38_143685_box_Incident_Summaries_173-233
Agency: Department of War
Page 70
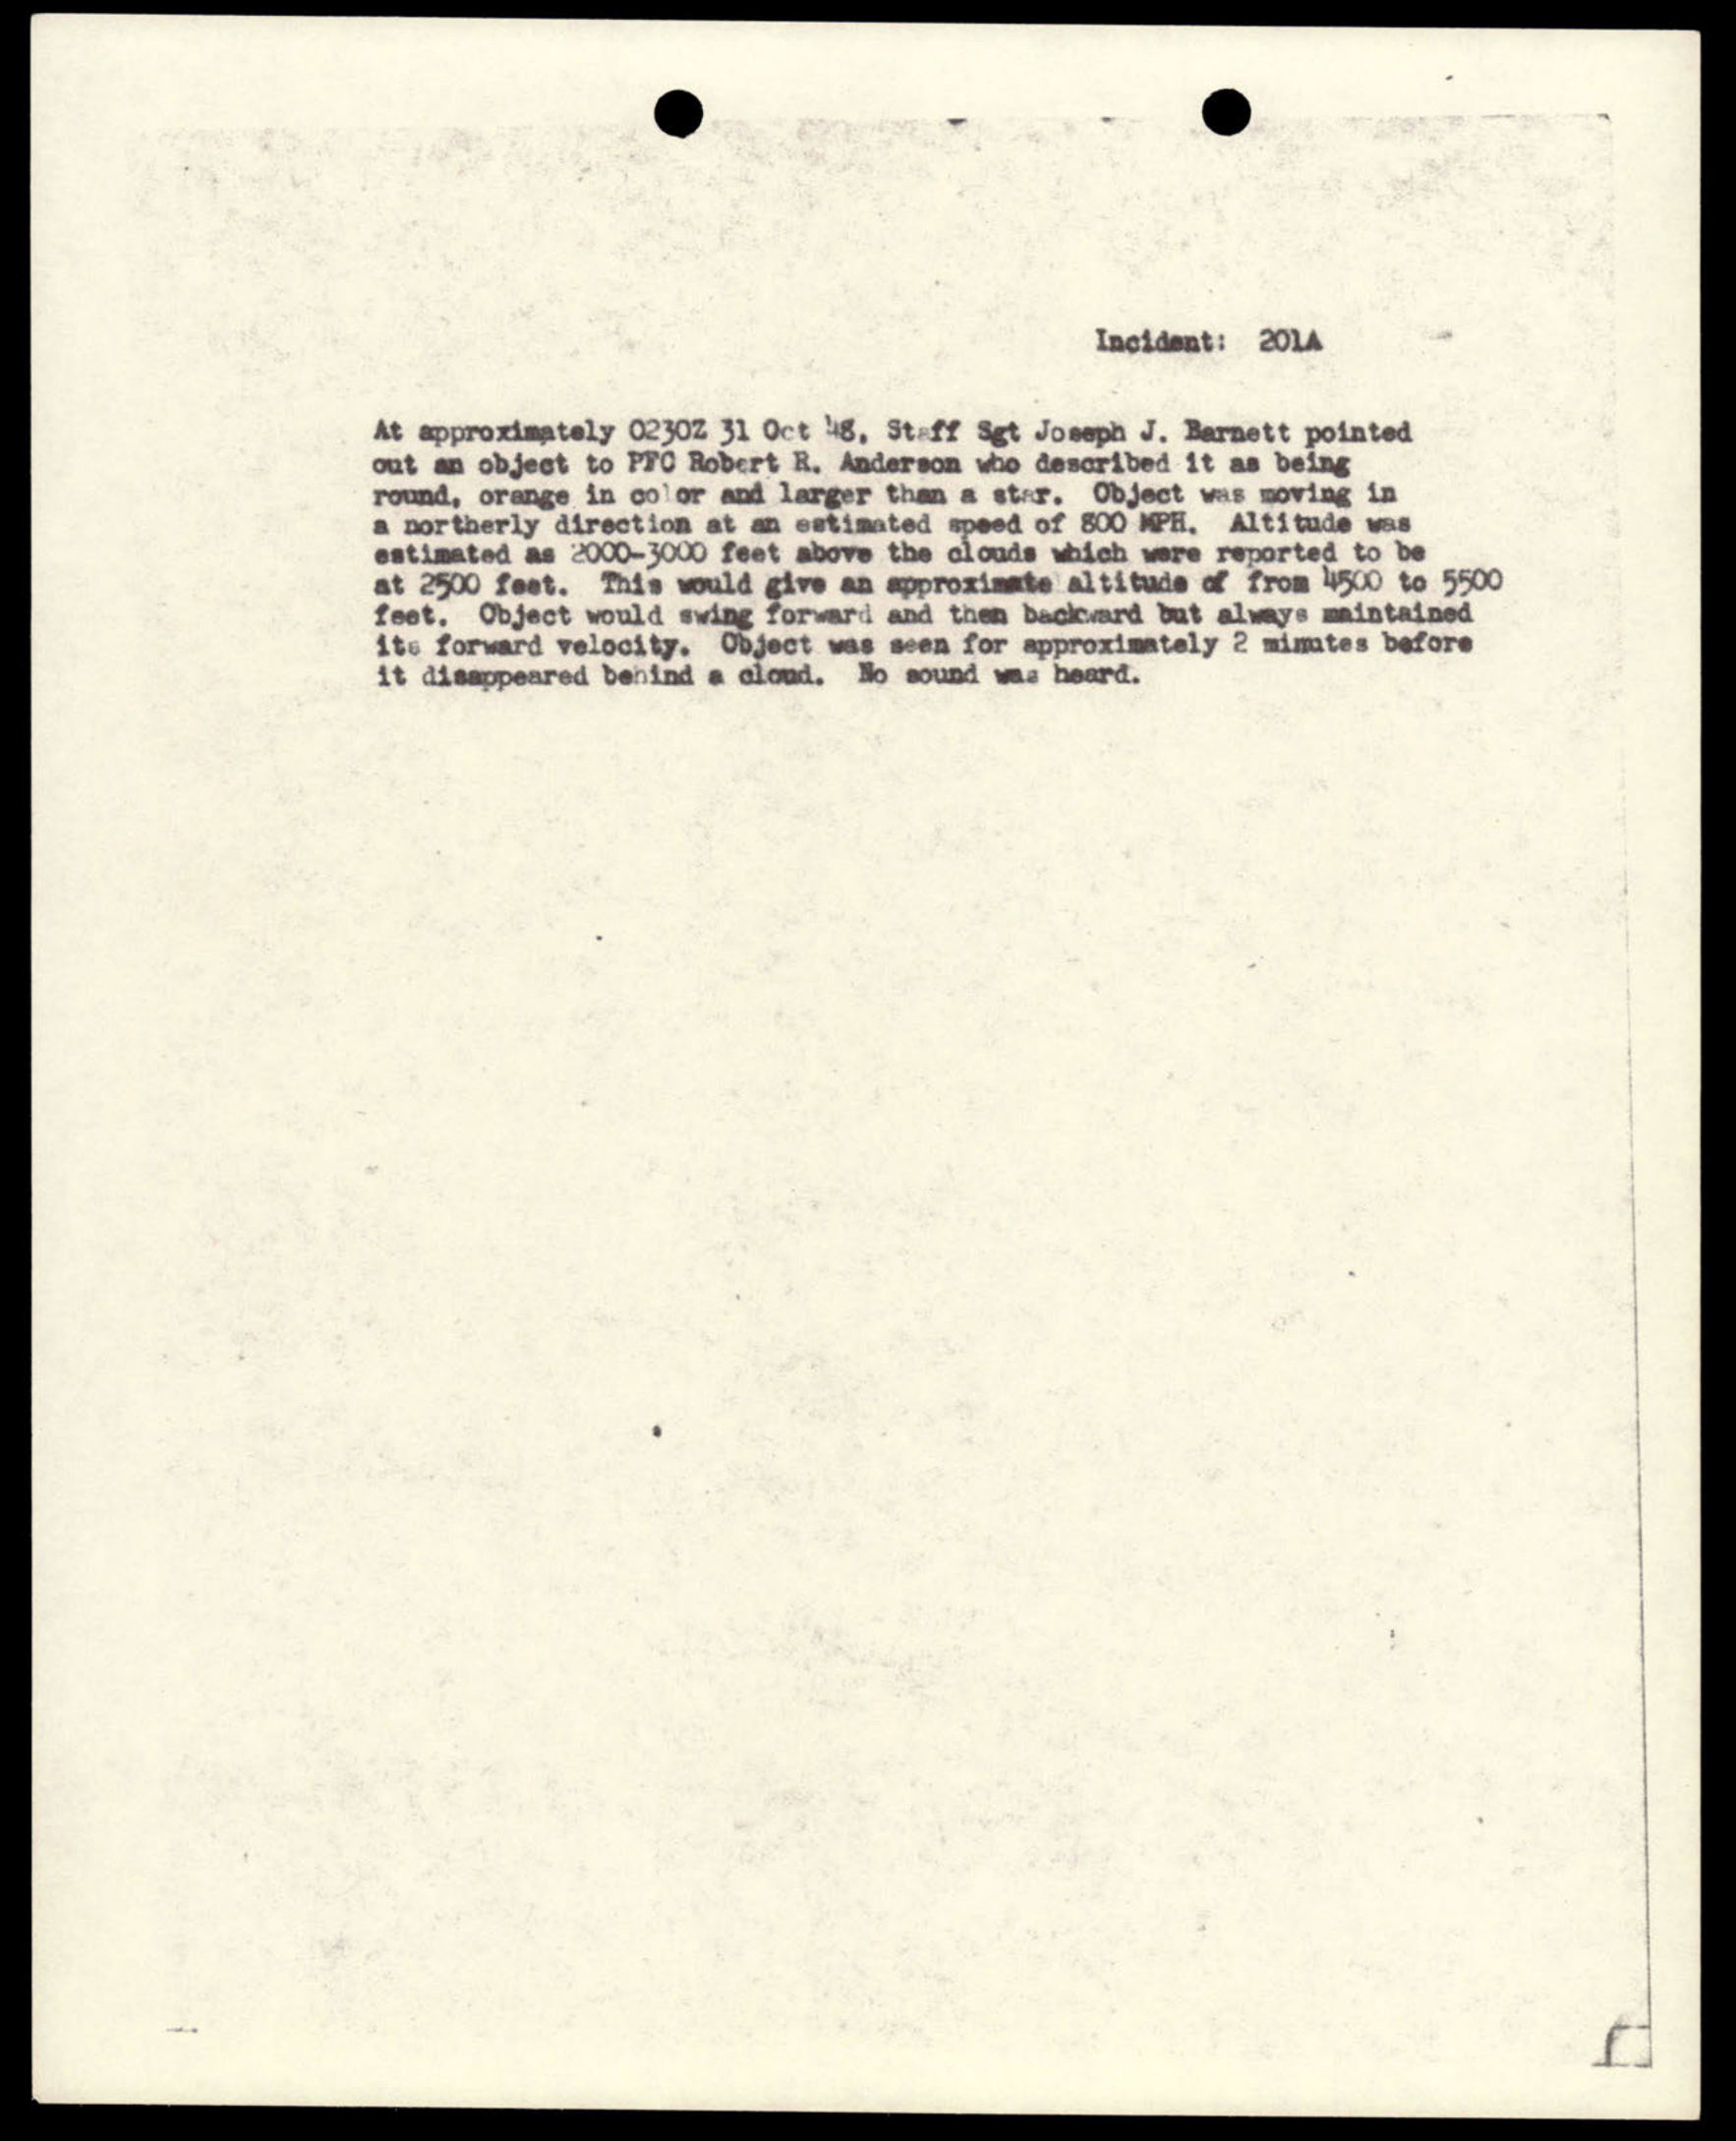